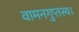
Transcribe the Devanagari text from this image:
वामनगुप्तस्य।